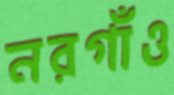
নরগাঁও